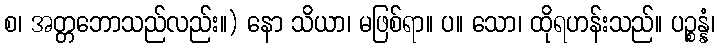
စ၊ အတ္တဘောသည်လည်း။) နော သိယာ၊ မဖြစ်ရာ။ ပ။ သော၊ ထိုရဟန်းသည်။ ပဉ္စန္နံ၊